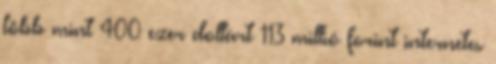
több mint 400 ezer dollárt 113 millió forint internetes